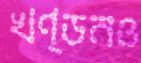
খণ্ডনও